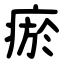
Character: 瘀